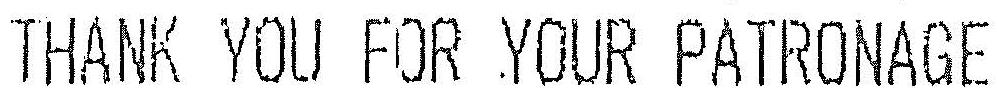
THANK YOU FOR YOUR PATRONAGE